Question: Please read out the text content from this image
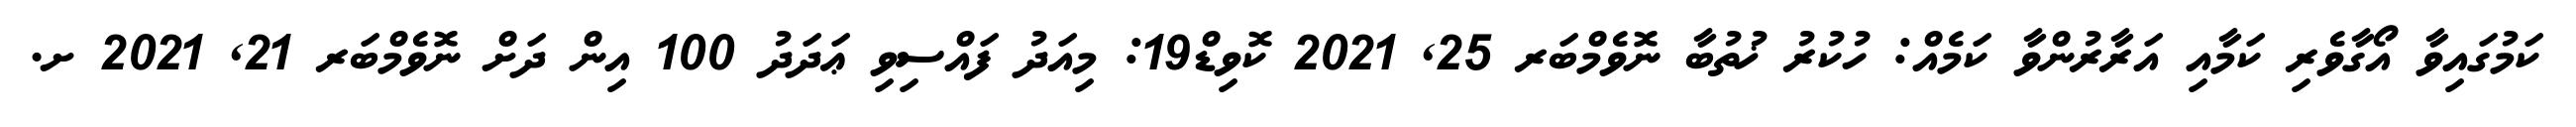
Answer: ކަމުގައިވާ އޯގާވެރި ކަމާއި އަރާރުންވާ ކަމެއް: ހުކުރު ޚުތުބާ ނޮވެމްބަރ 25, 2021 ކޮވިޑް19: މިއަދު ފައްސިވި ޢަދަދު 100 އިން ދަށް ނޮވެމްބަރ 21, 2021 ށ.